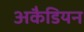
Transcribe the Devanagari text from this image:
अकैडियन